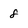
Character: 8